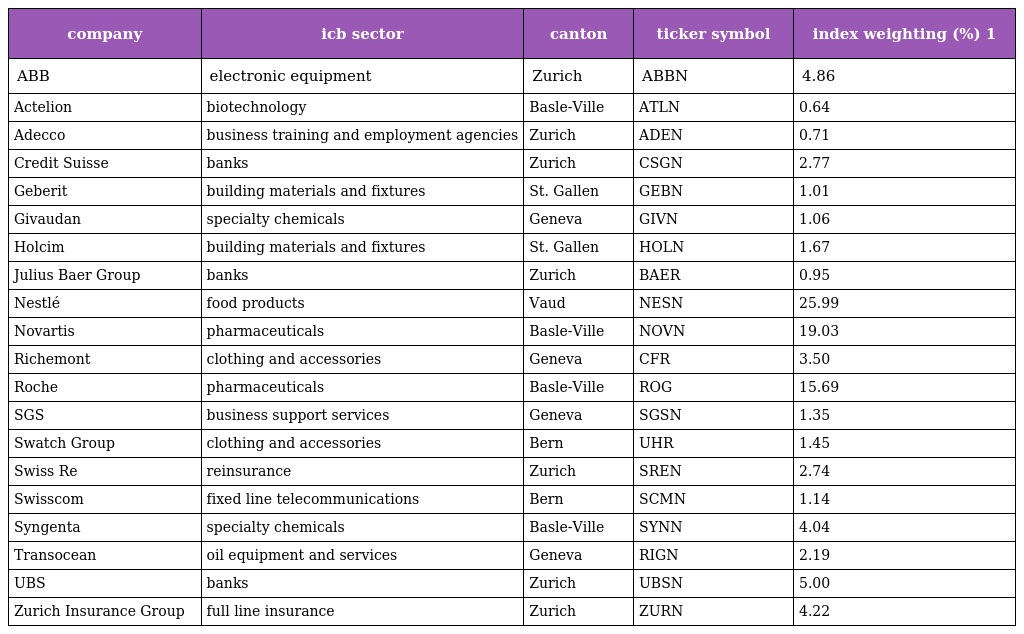
| company | icb sector | canton | ticker symbol | index weighting (%) 1 |
 | --- | --- | --- | --- | --- |
 | ABB | electronic equipment | Zurich | ABBN | 4.86 |
 | Actelion | biotechnology | Basle-Ville | ATLN | 0.64 |
 | Adecco | business training and employment agencies | Zurich | ADEN | 0.71 |
 | Credit Suisse | banks | Zurich | CSGN | 2.77 |
 | Geberit | building materials and fixtures | St. Gallen | GEBN | 1.01 |
 | Givaudan | specialty chemicals | Geneva | GIVN | 1.06 |
 | Holcim | building materials and fixtures | St. Gallen | HOLN | 1.67 |
 | Julius Baer Group | banks | Zurich | BAER | 0.95 |
 | Nestlé | food products | Vaud | NESN | 25.99 |
 | Novartis | pharmaceuticals | Basle-Ville | NOVN | 19.03 |
 | Richemont | clothing and accessories | Geneva | CFR | 3.50 |
 | Roche | pharmaceuticals | Basle-Ville | ROG | 15.69 |
 | SGS | business support services | Geneva | SGSN | 1.35 |
 | Swatch Group | clothing and accessories | Bern | UHR | 1.45 |
 | Swiss Re | reinsurance | Zurich | SREN | 2.74 |
 | Swisscom | fixed line telecommunications | Bern | SCMN | 1.14 |
 | Syngenta | specialty chemicals | Basle-Ville | SYNN | 4.04 |
 | Transocean | oil equipment and services | Geneva | RIGN | 2.19 |
 | UBS | banks | Zurich | UBSN | 5.00 |
 | Zurich Insurance Group | full line insurance | Zurich | ZURN | 4.22 |